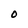
Character: O